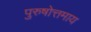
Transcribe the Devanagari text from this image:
पुरुषोत्तमाय